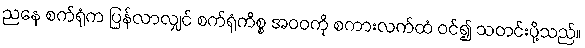
ညနေ စက်ရုံက ပြန်လာလျှင် စက်ရုံကိစ္စ အဝဝကို စကားလက်ထံ ဝင်၍ သတင်းပို့သည်။